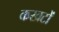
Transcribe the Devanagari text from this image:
कखटों